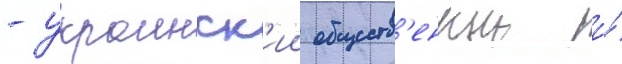
- украинск'ии обществ'енныи и́